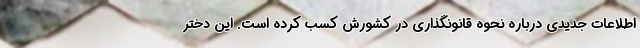
اطلاعات جدیدی درباره نحوه قانونگذاری در کشورش کسب کرده است. این دختر